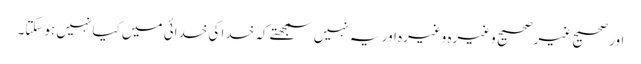
اور صحیح غیرصحیح وغیرہ وغیرہ اور یہ نہیں سمجھتے کہ خدا کی خدائی میں کیا نہیں ہوسکتا۔